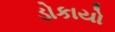
ડોકાયો